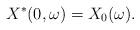
LaTeX: \begin{align*}X^*(0,\omega)=X_0(\omega).\end{align*}